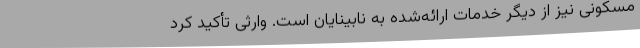
مسکونی نیز از دیگر خدمات ارائه‌شده به نابینایان است. وارثی تأکید کرد